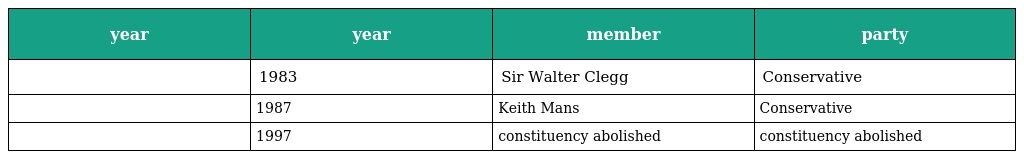
| year | year | member | party |
 | --- | --- | --- | --- |
 |  | 1983 | Sir Walter Clegg | Conservative |
 |  | 1987 | Keith Mans | Conservative |
 |  | 1997 | constituency abolished | constituency abolished |